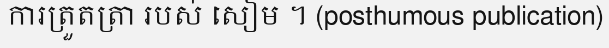
ការត្រួតត្រា របស់ សៀម ។ (posthumous publication)